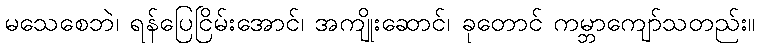
မသေစေဘဲ၊ ရန်ပြေငြိမ်းအောင်၊ အကျိုးဆောင်၊ ခုတောင် ကမ္ဘာကျော်သတည်း။